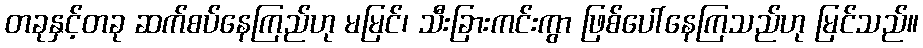
တခုနှင့်တခု ဆက်စပ်နေကြည်ဟု မမြင်၊ သီးခြားကင်းကွာ ဖြစ်ပေါ်နေကြသည်ဟု မြင်သည်။